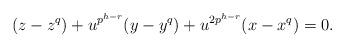
LaTeX: \begin{align*} (z-z^q)+u^{p^{h-r}}(y-y^q)+u^{2p^{h-r}}(x-x^q)=0.\end{align*}